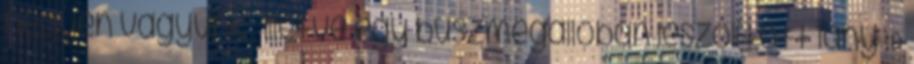
négyen vagyunk , illetve egy buszmegállóban leszólított lány :D